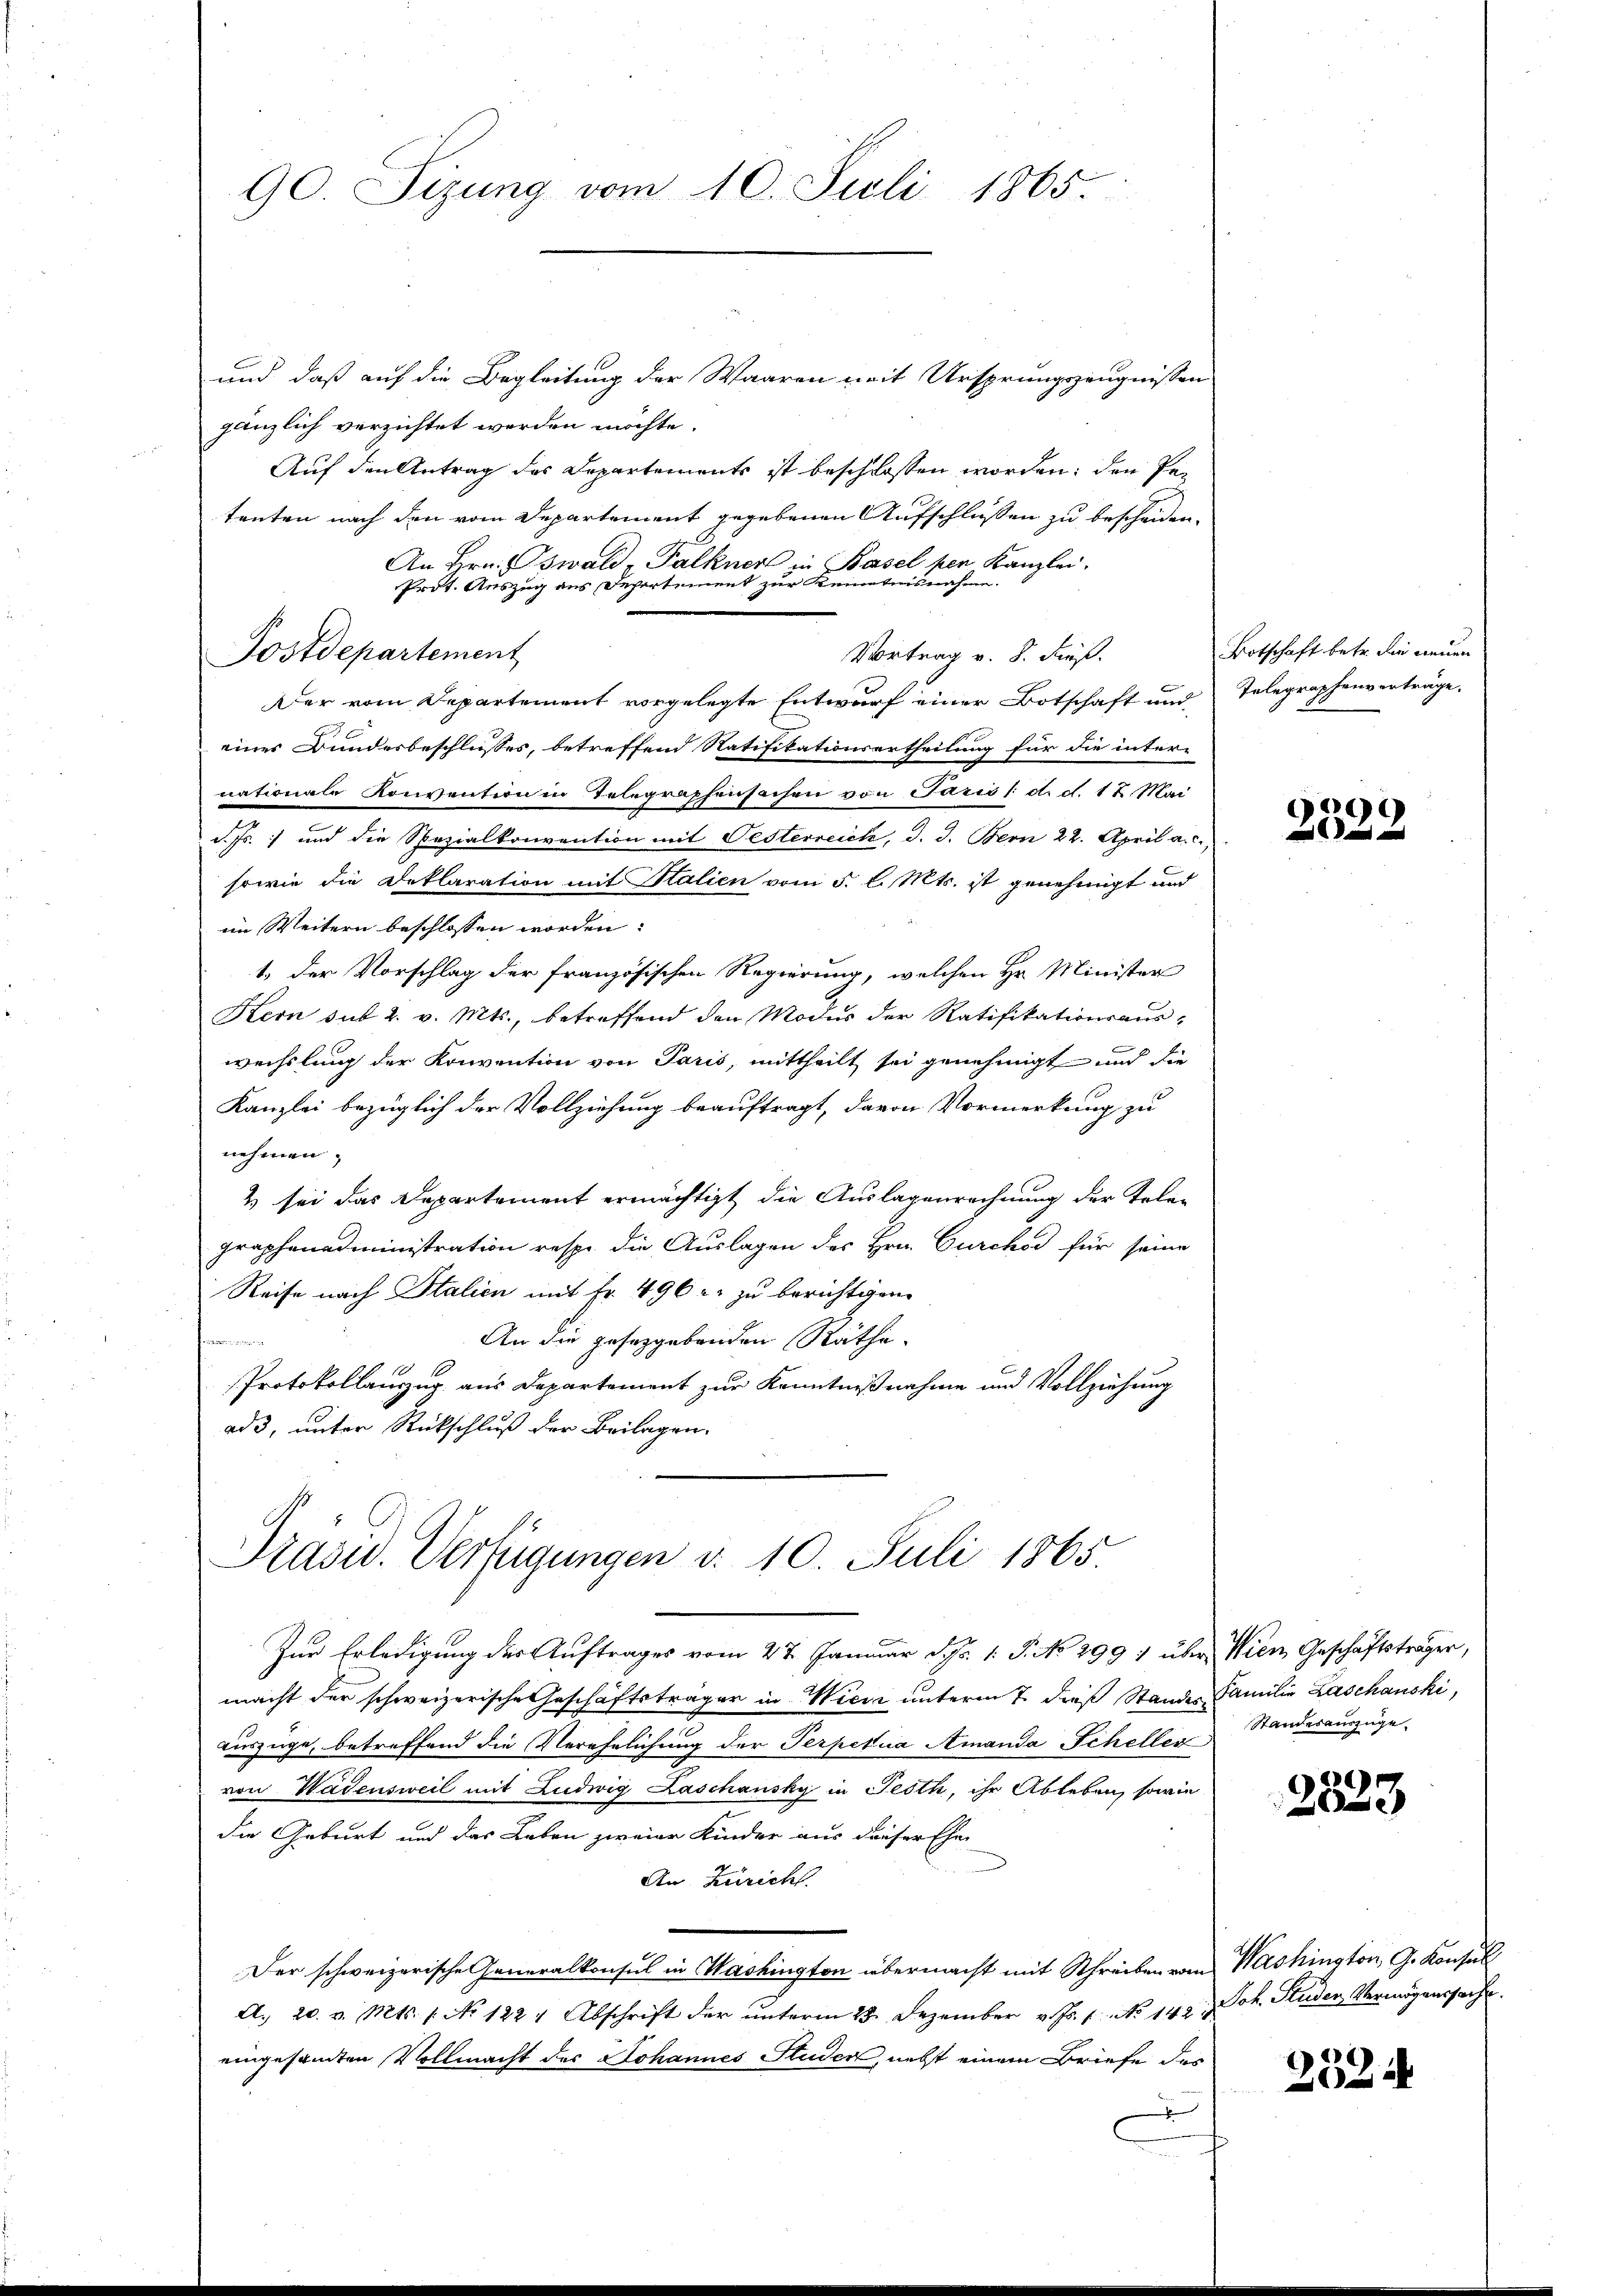
90. Sizung vom 10. Juli 1865.

und daß auf die Begleitung der Waaren mit Ursprungszeugnissen
gänzlich verzichtet werden möchte.
Auf den Antrag des Departements ist beschlossen worden: den Petenten nach den vom Departement gegebenen Aufschlüssen zu bescheiden.
An Hrn. Oswald, Palkner in Basel per Kanzlei.
Prot. Auszug aus Departement zur Kenntnisnahme.
Vortrag v. 8. Fuß.
Der vom Departement vorgelegte Entwurf einer Botschaft und
einer Bundesbeschlusses, betreffend Natifikationsertheilung für die inter-
nationale Konvention in Telegraphensachen von Paris /: d. d. 17. Mai
d. Js. und die Spezialkonvention mit Pesterreich, J. J. Bern 22. April a. c.,
sowie die Deklaration mit Halien vom 5. l. Mts. ist genehmigt und
im Weitern beschlossen worden:
1.) Der Vorschlag der französischen Regierung, welchen Hr. Minister
Stern sub 2. v. Mts., betreffend den Modus der Ratifikationsauswechsling der Konvention von Paris, mittheilt sei genehmigt und die
Kanzlei bezüglich der Vollziehung beauftragt, davon Vormerkung zu
nehmen,
2 sei das Departement ermächtigt die Auslagenrechnung der Telegraphenadministration resp. die Auslagen des Hrn. Curchod für seine
Reise nach Italien mit Fr. 496 u. zu berichtigen.
An die gesetzgebenden Räthe.

Protokollanzug aus Departement zur Kenntnißnahme und Vollziehung
ad 3, unter Rückschluß der Beilagen.

Postdepartement

Präsid. Verfügungen v. 10. Juli 1865.
Zur Erledigung der Auftrages vom 27. Januar d. 1. P. No 2991 über Wien Geschäftsträger,

macht der schweizerische Geschäftsträger in Wiese unterm 7. dieß Stande Familie Laschauski,
Auszüge, betreffend die Verehelichung der Terpetua Amanda Scheller
von Wadensweil mit Ludwig Laschausky in Festh, ihr Ableben, sowie
die Geburt und das Leben zweier Kinder aus dieser Ehe-
An Züricht.
Der schweizerische Generalkonsul in Washington übermacht mit Schreiben vom Washington, G. Konsul
A. 20. v. Mts. 1. No 1224 Abschrift der ŭnterm 28. Dezember v. Js. 1. No 142. 3. Joh. Studer Vermögenssache.
eingesamten Vollmacht des Johannes Studer, nebst einem Briefe des
x

Botschaft betr. die neuen
Telegraphenverträge.

)
e

Standesauszuge¬

6
e

2524